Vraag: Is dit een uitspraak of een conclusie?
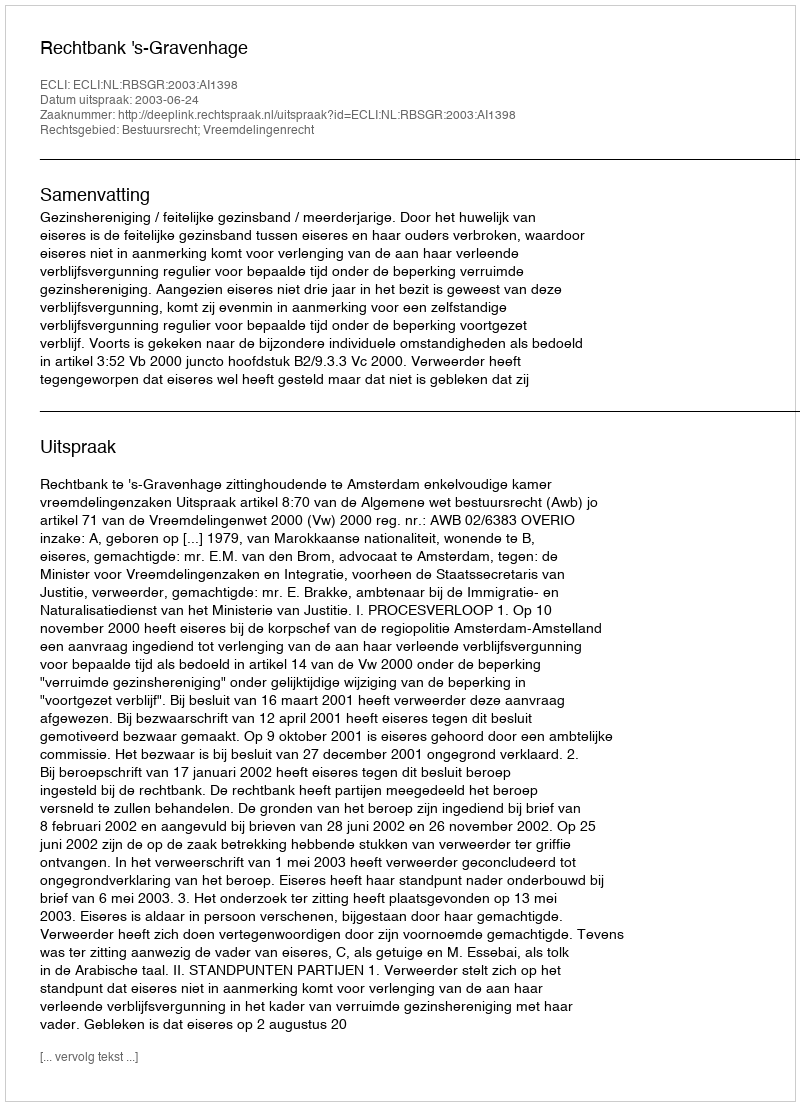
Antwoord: Uitspraak